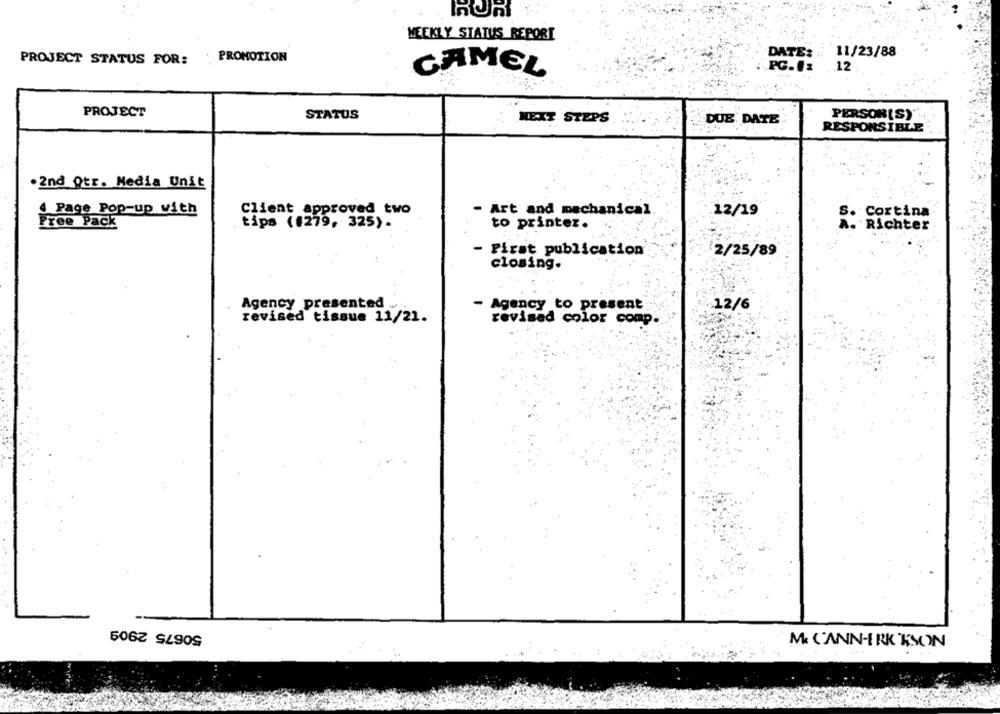
WEEKLY STATUS REPORT
DATE: : 11/23/88
PROJECT STATUS FOR:
PROMOTION
.PG.#: 12
CAMEL
PROJECT
STATUS
NEXT STEPS
DUE DATE
PERSON(S)
RESPONSIBLE
.2nd Qtr. Media Unit
4 Page Pop-up with
Client approved two
- Art and mechanical
.12/19
S. Cortina
Free Pack
tips (#279, 325).
to printer.
. Richter
- First publication
2/25/89
closing.
Agency presented
- Agency to present
. 12/6
revised tissue 11/21.
revised color comp.
50675 2909
Mc CANN-ERK KSON